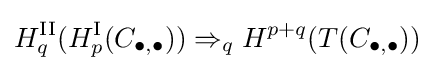
H_{q}^{\textrm {II}}(H_{p}^{\textrm {I}}(C_{\bullet ,\bullet }))\Rightarrow _{q}H^{p+q}(T(C_{\bullet ,\bullet }))